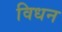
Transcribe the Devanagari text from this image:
विधन